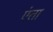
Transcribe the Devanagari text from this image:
एंता